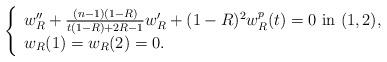
LaTeX: \begin{align*} \left\{\begin{array}{ll} w_R^{\prime\prime}+{(n-1)(1-R)\over t(1-R)+2R-1}w_R^{\prime}+(1-R)^2 w_R^{p } (t)=0\ \hbox{in}\ (1,2) ,\\ w_R(1)=w_R(2) =0 .\end{array}\right.\end{align*}